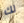
لك